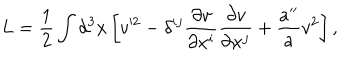
L = \frac { 1 } { 2 } \int d ^ { 3 } x \left[ v ^ { 2 } - \delta ^ { i j } \frac { \partial v } { \partial x ^ { i } } \frac { \partial v } { \partial x ^ { j } } + \frac { a ^ { \prime \prime } } { a } v ^ { 2 } \right] ,